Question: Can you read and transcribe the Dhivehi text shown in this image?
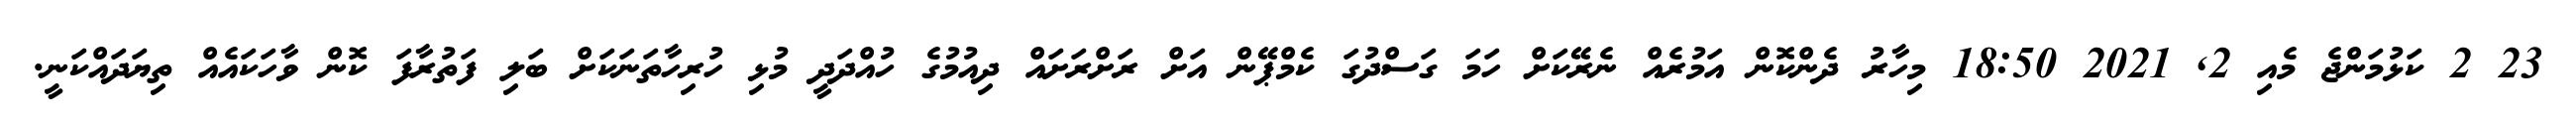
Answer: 23 2 ކަޅުމަންޖެ މެއި 2, 2021 18:50 މިހާރު ދެންކޮން އަމުރެއް ނެރޭކަށް ހަމަ ގަސްދުގަ ކެމްޕޭން އަށް ރަށްރަށައް ދިއުމުގެ ހުއްދަދީ މުޅި ހުރިހާތަނަކަށް ބަލި ފަތުރާފަ ކޮން ވާހަކައެއް ތިޔަދައްކަނީ.